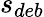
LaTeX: s_{deb}